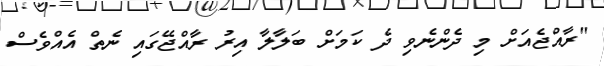
"ރާއްޖެއަށް މި ދެންނެވި ދެ ކަމަށް ބަލާލާ އިރު ރާއްޖޭގައި ނެތް އެއްވެސް